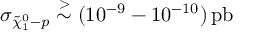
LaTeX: \sigma _ { \tilde { \chi } _ { 1 } ^ { 0 } - p } \stackrel { > } { \sim } ( 1 0 ^ { - 9 } - 1 0 ^ { - 1 0 } ) \, \mathrm { p b }